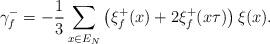
LaTeX: \begin{align*}\gamma_f^- = -\frac13 \sum_{x \in E_N} \left(\xi_f^+(x)+2\xi_f^+(x \tau)\right) \xi(x).\end{align*}